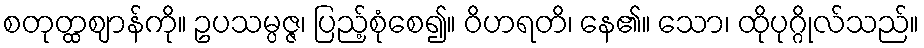
စတုတ္ထဈာန်ကို။ ဥပသမ္ပဇ္ဇ၊ ပြည့်စုံစေ၍။ ဝိဟရတိ၊ နေ၏။ သော၊ ထိုပုဂ္ဂိုလ်သည်။